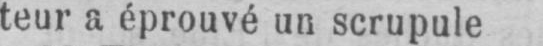
teur a éprouvé un scrupule